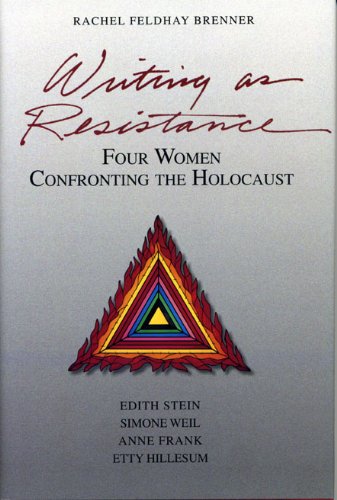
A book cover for Writing As Resistance: Four Women Confronting the Holocaust: Edith Stein, Simone Weil, Anne Frank, and Etty Hillesum; Rachel Feldhay Brenner; Religion & Spirituality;